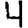
Digit: 4